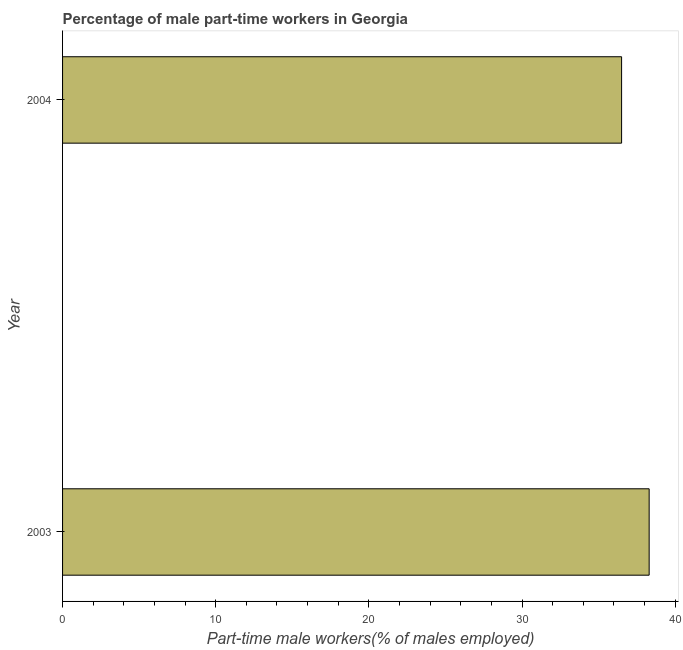
| Year | Part time employment |
 | --- | --- |
 | 2003 | 38.3 |
 | 2004 | 36.5 |